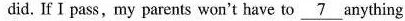
did. If I pass,my parents won't have to \underline{7} anything